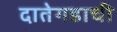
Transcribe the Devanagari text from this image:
दातेगडाची